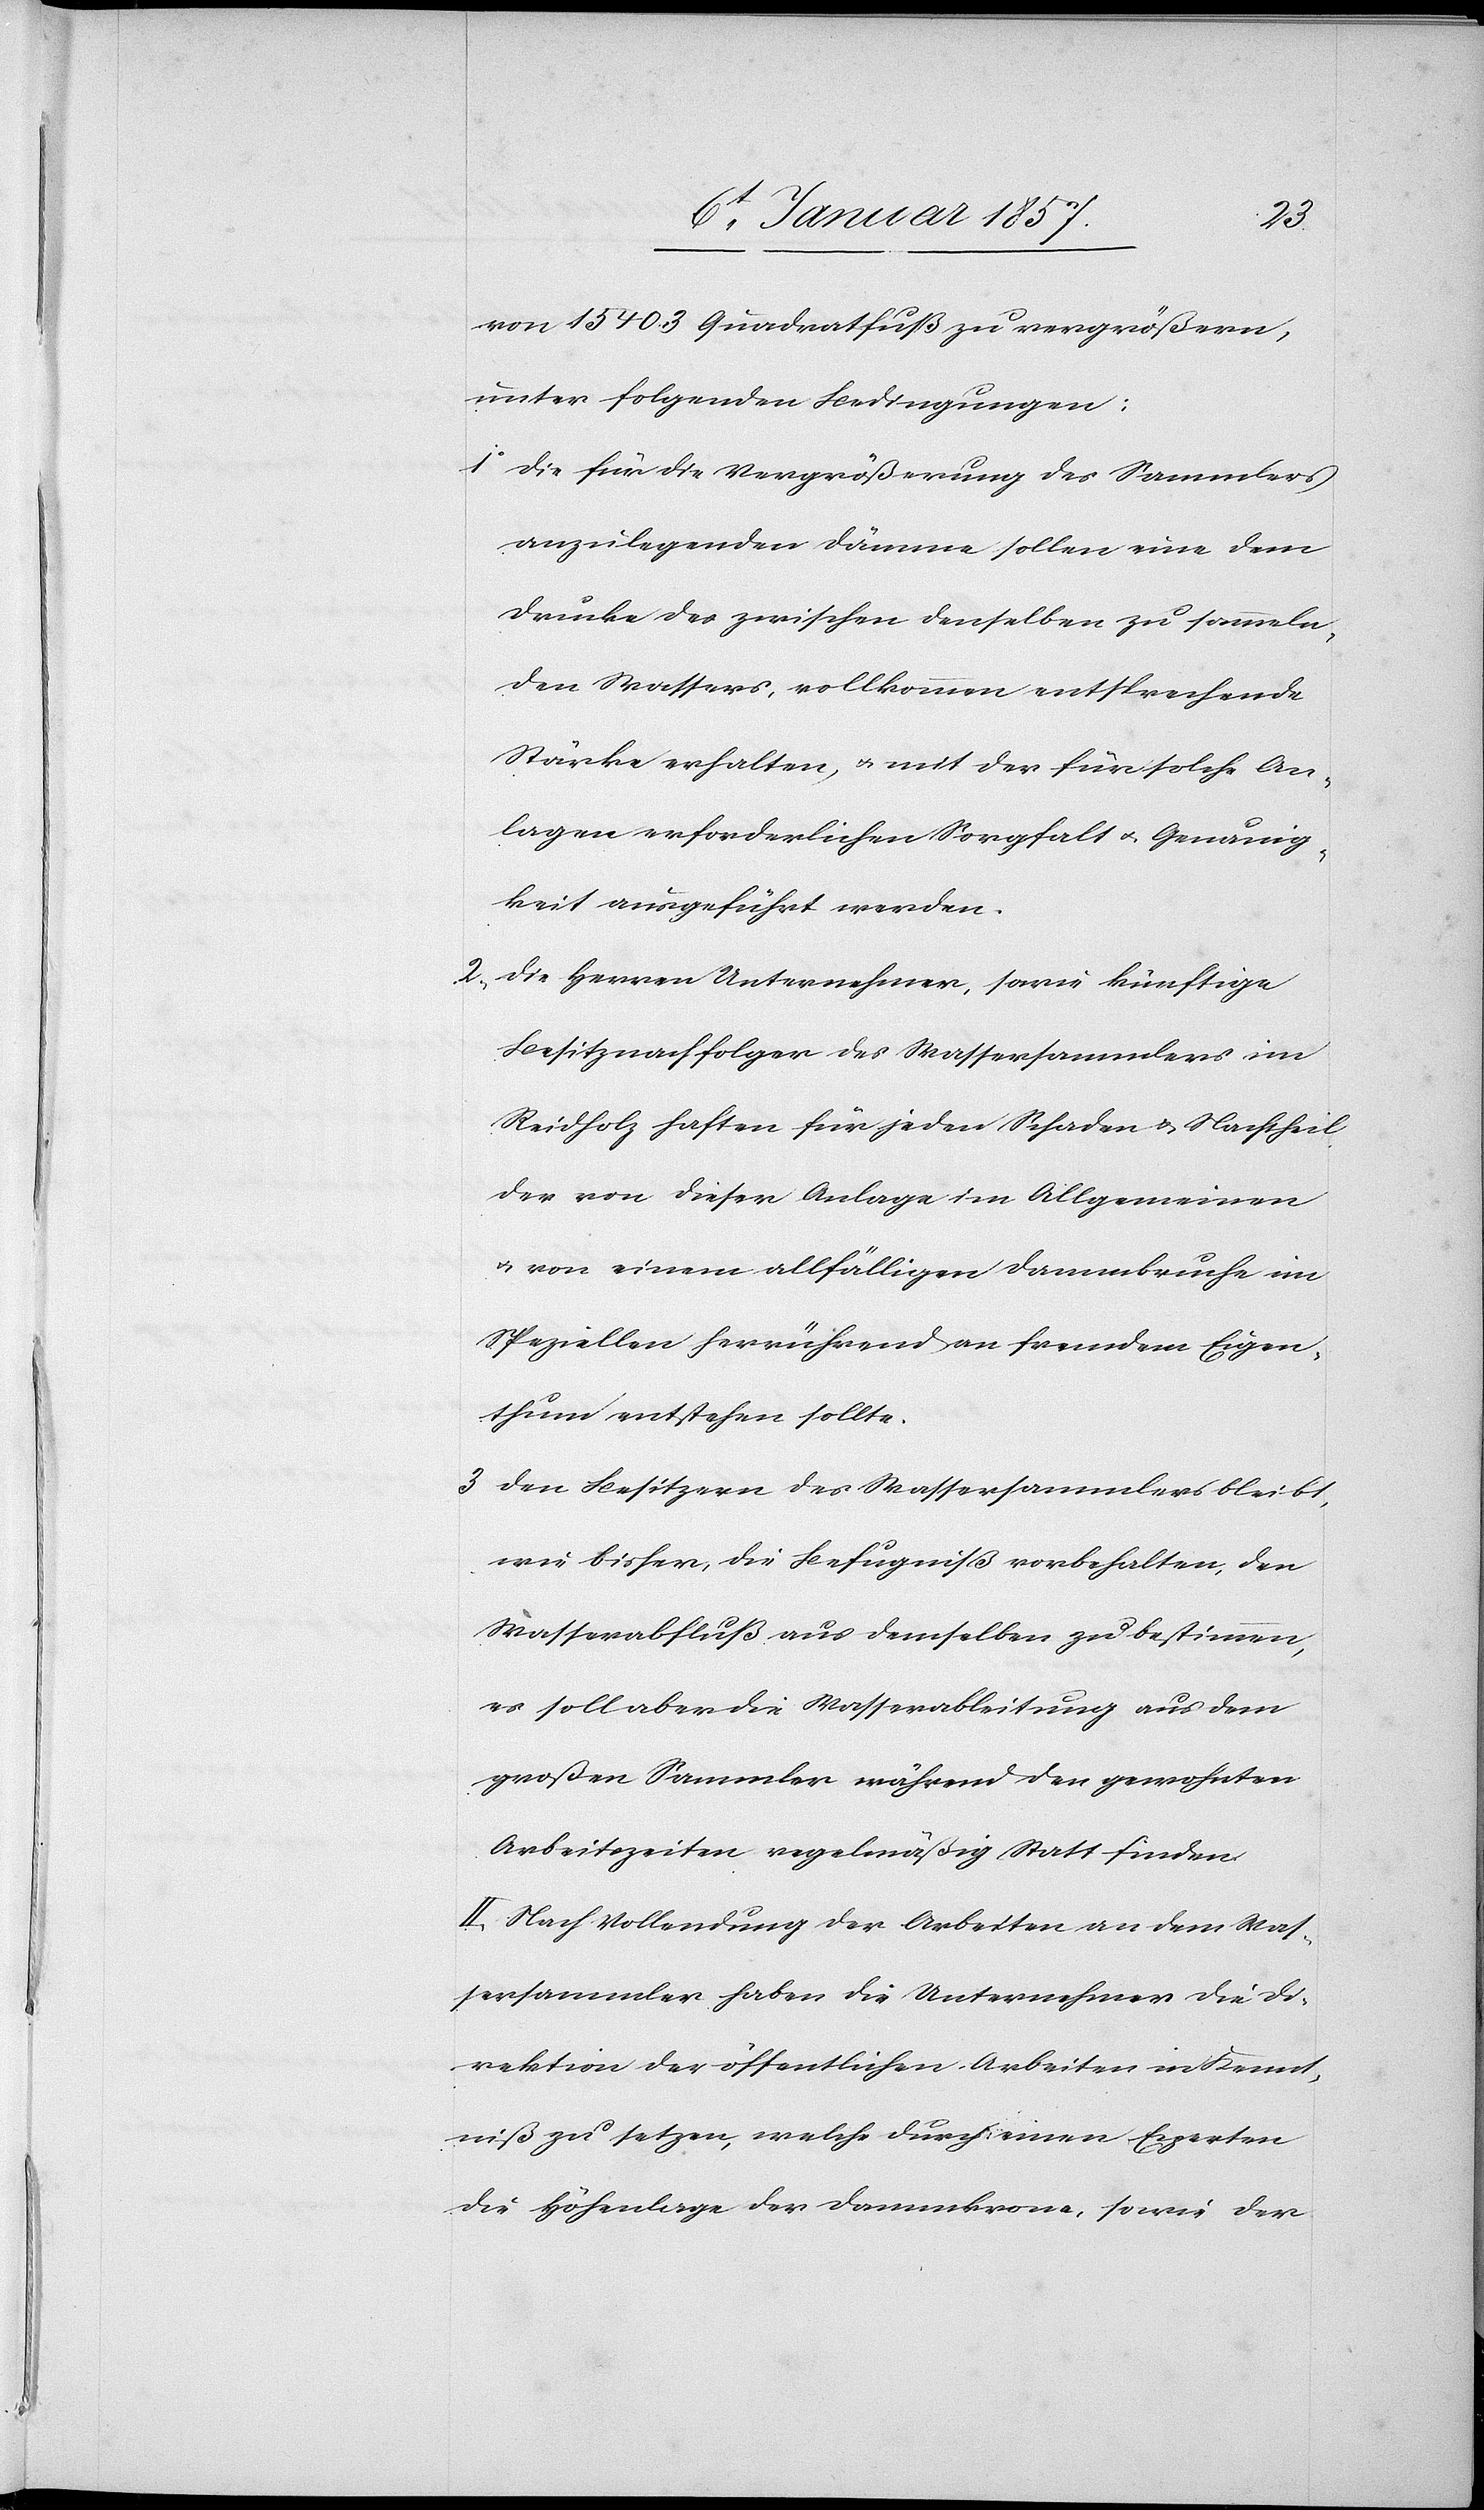
von 15 403 Quadratfuß zu vergrößern,
unter folgenden Bedingungen:
1. Die für die Vergrößerung des Sammlers
anzulegenden Dämme sollen eine dem
Drucke des zwischen denselben zu sammeln¬
den Wassers, vollkommen entsprechende
Stärke erhalten, u. mit der für solche An¬
lagen erforderlichen Sorgfalt u. Genauig¬
keit ausgeführt werden.
2. Die Herren Unternehmer, sowie künftige
Besitznachfolger des Wassersammlers im
Reidholz haften für jeden Schaden u. Nachtheil
der von dieser Anlage im Allgemeinen
u. von einem allfälligen Dammbruche im
Speziellen herrührend an fremdem Eigen¬
thum entstehen sollte.
3 Den Besitzern des Wassersammlers bleibt,
wie bisher, die Befugniß vorbehalten, den
Wasserabfluß aus demselben zu bestimmen,
es soll aber die Wasserableitung aus dem
großen Sammler während den gewohnten
Arbeitszeiten regelmäßig Statt finden.
II. Nach Vollendung der Arbeiten an dem Was¬
sersammler haben die Unternehmer die Di¬
rektion der öffentlichen Arbeiten in Kennt¬
niß zu setzen, welche durch einen Experten
die Höhenlage der Dammkrone, sowie der